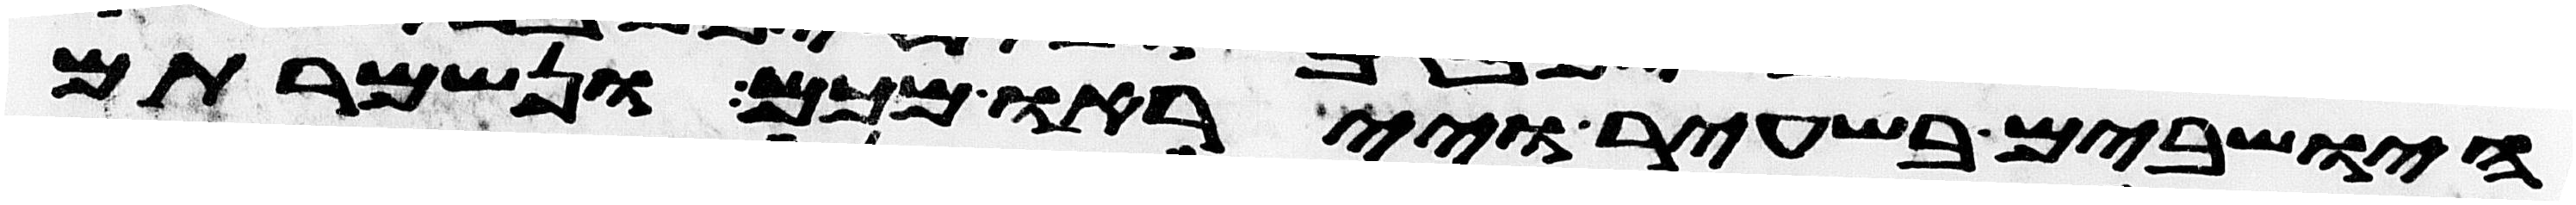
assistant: הישבים בשעיר וייראו מכם ונשמרתם